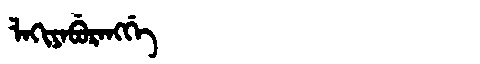
Manchu: ᠯᠠᡴᡳᠶᠠᠪᡠᡵᠠᠩᡤᡝ
Romanization: LAKIYABURANGGE